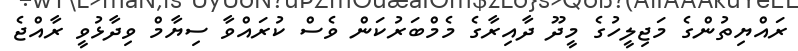
ރައްޔިތުންގެ މަޖިލީހުގެ މީދޫ ދާއިރާގެ މެމްބަރުކަން ވެސް ކުރައްވާ ސިޔާމް ވިދާޅުވީ ރާއްޖެ